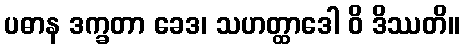
ပဓာန ဒက္ခတာ ခေဒ၊ သဟတ္ထာဒေါ ဝိ ဒိဿတိ။